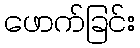
ဖောက်ခြင်း